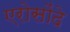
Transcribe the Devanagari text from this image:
एरोसोंदे